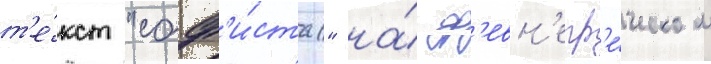
т'е́кст "соф'и́ста" на́ др'евн'егр'е́ческом